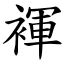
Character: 褌